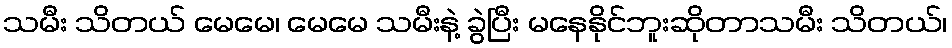
သမီး သိတယ် မေမေ၊ မေမေ သမီးနဲ့ ခွဲပြီး မနေနိုင်ဘူးဆိုတာသမီး သိတယ်၊